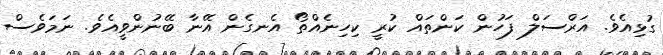
ގުޅިއެވެ. އަރްސަލް ފަހުން ކަންތައް ކުރީ ކިހިނެއްތޯ އެނގެން އޭނާ ބޭނުންވީއެވެ. ނަމަވެސް